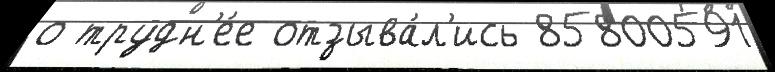
о трудн'е́е отзыва́л'ись 85800591